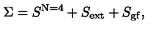
\Sigma = S ^ { \mathrm { N = 4 } } + S _ { \mathrm { e x t } } + S _ { \mathrm { g f } } ,